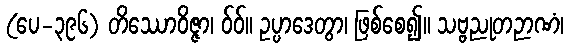
(ပေ-၃၉၆) တိဿောဝိဇ္ဇာ၊ ဝ်ဝ်။ ဥပ္ပာဒေတွာ၊ ဖြစ်စေ၍။ သဗ္ဗညုတဉာဏံ၊